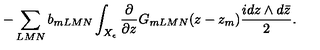
- \sum _ { L M N } b _ { m L M N } \int _ { X _ { \epsilon } } \frac { \partial } { \partial z } G _ { m L M N } ( z - z _ { m } ) \frac { i d z \wedge d \bar { z } } { 2 } .